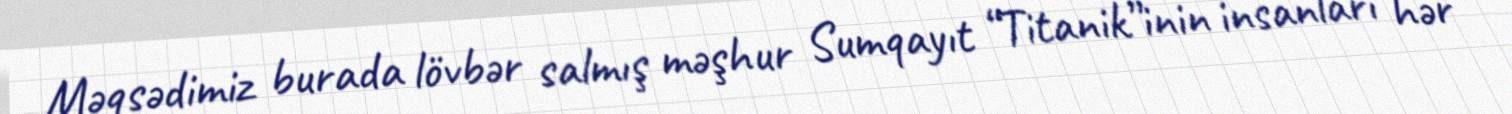
Məqsədimiz burada lövbər salmış məşhur Sumqayıt “Titanik”inin insanları hər